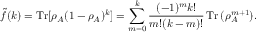
\tilde { f } ( k ) = \operatorname { T r } [ \rho _ { A } ( 1 - \rho _ { A } ) ^ { k } ] = \sum _ { m = 0 } ^ { k } \frac { ( - 1 ) ^ { m } k ! } { m ! ( k - m ) ! } \operatorname { T r } { ( \rho _ { A } ^ { m + 1 } ) } .